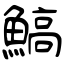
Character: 鰝